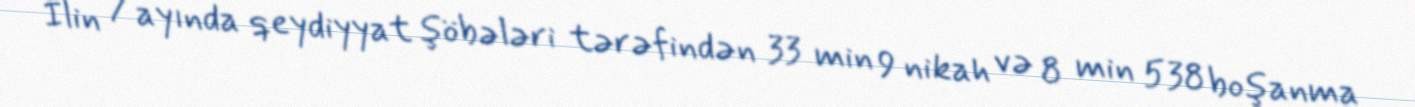
İlin 7 ayında qeydiyyat şöbələri tərəfindən 33 min 9 nikah və 8 min 538 boşanma